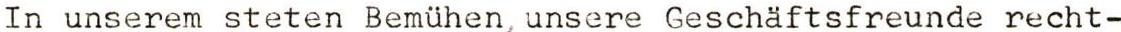
In unserem steten Bemühen ,unsere Geschäftsfreunde recht-